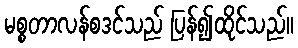
မစ္စတာလန်စဒင်သည် ပြန်၍ထိုင်သည်။